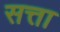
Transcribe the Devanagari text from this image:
सत्ता